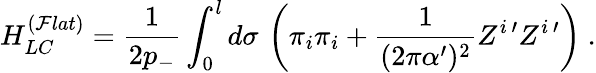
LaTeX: H_{LC}^{(\mathcal{F}lat)}=\frac{{1}}{{2p_{-}}}\int_{0}^{l}d\sigma\, \left(\pi_{i}\pi_{i}+\frac{{1}}{{(2\pi\alpha^{\prime})^{2}}}Z^{i\, \prime}Z^{i\, \prime}\right)\ .